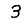
Digit: 3